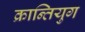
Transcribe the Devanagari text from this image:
क्रान्तियुग